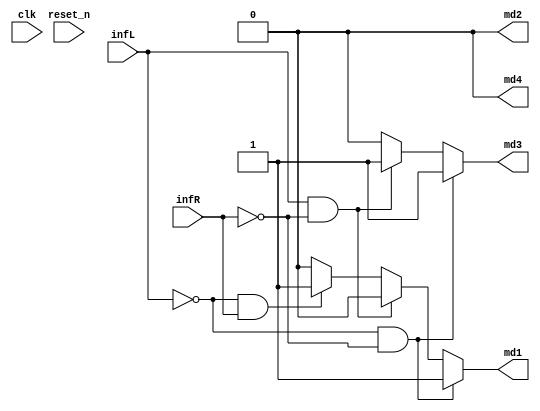
module CAR_CTR(
    output reg  md1,
    output reg  md2,
    output reg  md3,
    output reg  md4,
    input   infL,
    input   infR,
    input   clk,
    input   reset_n
);
parameter FWD   = 2'b00;
parameter STOP  = 2'b01;
parameter RIGHT = 2'b10;
parameter LEFT  = 2'b11;
parameter HIGH  = 1'b1;
parameter LOW   = 1'b0;


always @(*) begin
    if (infL == LOW && infR == LOW) begin
        // fwd
        md1 = HIGH;
        md2 = LOW;
        md3 = HIGH;
        md4 = LOW;
    end else if (infL == HIGH && infR == LOW) begin
        // right acc
        md1 = LOW;
        md2 = LOW;
        md3 = HIGH;
        md4 = LOW;
    end else if (infL == LOW && infR == HIGH) begin
        // left acc
        md1 = HIGH;
        md2 = LOW;
        md3 = LOW;
        md4 = LOW;
    end else begin
        // stop
        md1 = LOW;
        md2 = LOW;
        md3 = LOW;
        md4 = LOW;
    end
end

endmodule